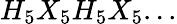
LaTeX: H_{5}X_{5}H_{5}X_{5}...